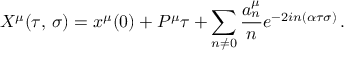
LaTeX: X ^ { \mu } ( \tau , \, \sigma ) = x ^ { \mu } ( 0 ) + P ^ { \mu } \tau + \sum _ { n \ne 0 } \frac { a _ { n } ^ { \mu } } { n } e ^ { - 2 i n ( \alpha \tau \sigma ) } \, .